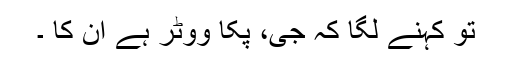
تو کہنے لگا کہ جی، پکا ووٹر ہے ان کا ۔